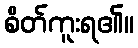
စိတ်ကူးရ၏။